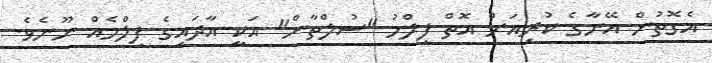
އެގޮތުން އޭނާގެ ކުރިއަށް އޮތް ފިލްމު "ސުލްތާން" އަކީ އާދައިގެ ފިލްމެއް ނޫނެވެ.